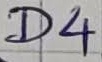
Text: D4